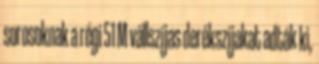
sorosoknak a régi 51 M vállszíjas derékszíjakat adták ki,